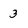
Character: 3